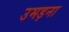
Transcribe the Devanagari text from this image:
उमड़ना